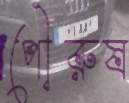
পৌরুষ